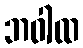
ဘဝါထ